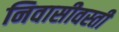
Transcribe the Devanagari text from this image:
निवासीवस्ती